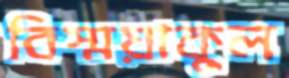
বিস্ময়াকুল